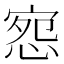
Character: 惌